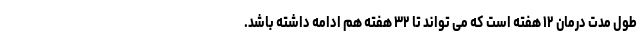
طول مدت درمان ۱۲ هفته است که می تواند تا ۳۲ هفته هم ادامه داشته باشد.